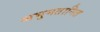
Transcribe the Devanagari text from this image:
अभुगतानित